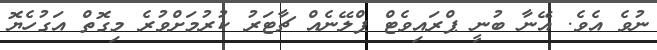
ނުވެ އެވެ. އޭނާ ބުނީ ޕްރައިވެޓް ޕްލޭނެއް ޗާޓަރު ކުރުމަށްވުރެ މިގޮތް އަގުހެޔޮ